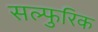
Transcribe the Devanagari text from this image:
सल्फुरिक